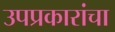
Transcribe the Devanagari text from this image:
उपप्रकारांचा